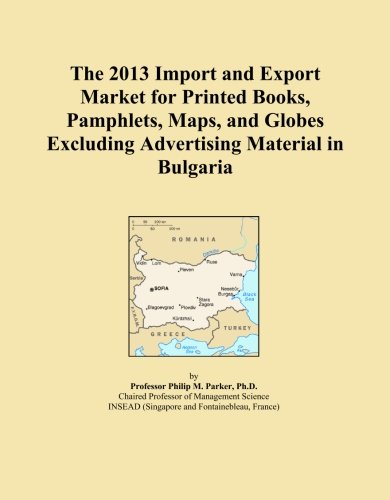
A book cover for The 2013 Import and Export Market for Printed Books, Pamphlets, Maps, and Globes Excluding Advertising Material in Bulgaria; Icon Group International; Travel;